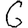
Digit: 6